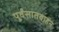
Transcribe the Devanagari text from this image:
पूर्वंसातवाहन